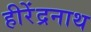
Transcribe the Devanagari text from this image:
हीरेंद्रनाथ